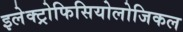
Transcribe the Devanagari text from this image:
इलेक्ट्रोफिसियोलोजिकल